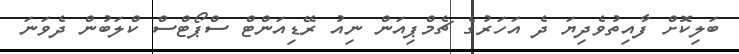
ބަލިކޮށް ފާއިތުވެދިޔަ ދެ އަހަރުގެ ޗެމްޕިއަން ނިއު ރޭޑިއަންޓް ސްޕޯޓްސް ކްލަބުން ދެވަނަ